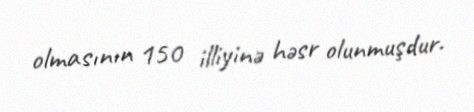
olmasının 150 illiyinə həsr olunmuşdur.